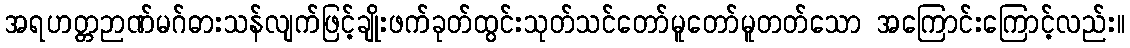
အရဟတ္တဉာဏ်မဂ်ဓားသန်လျက်ဖြင့်ချိုးဖက်ခုတ်ထွင်းသုတ်သင်တော်မူတော်မူတတ်သော အကြောင်းကြောင့်လည်း။